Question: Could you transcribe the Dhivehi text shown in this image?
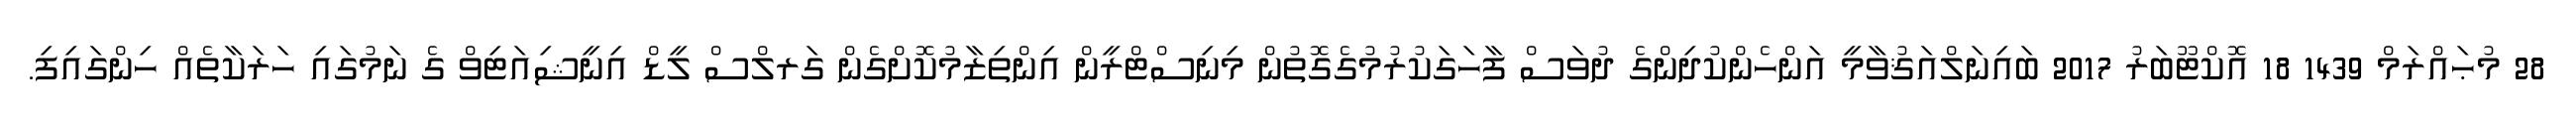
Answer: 28 މުޙައްރަމް 1439 18 އޮކްޓޫބަރު 2017 ބައިނަލްއަޤުވާމީ އަންހެންކުދިންގެ ދުވަސް ފާހަގަކުރުމުގެގޮތުން މިނިސްޓްރީން އިންތިޒާމުކޮށްގެން ގަރލްސް ލީޑް އިނީޝިއަޓިވް ގެ ނަމުގައި ހަރަކާތެއް ހިންގައިފި.